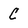
Character: C